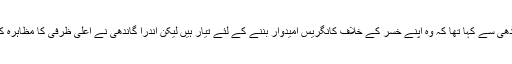
کہا جاتا ہے کہ 1983 ء کے اسمبلی انتخابات میں چندرابابو نائیڈو نے اندرا گاندھی سے کہا تھا کہ وہ اپنے خسر کے خلاف کانگریس امیدوار بننے کے لئے تیار ہیں لیکن اندرا گاندھی نے اعلیٰ ظرفی کا مظاہرہ کرتے ہوئے چندرابابو نائیڈو کو این ٹی آر کے خلاف مقابلہ کرنے سے باز رکھا۔